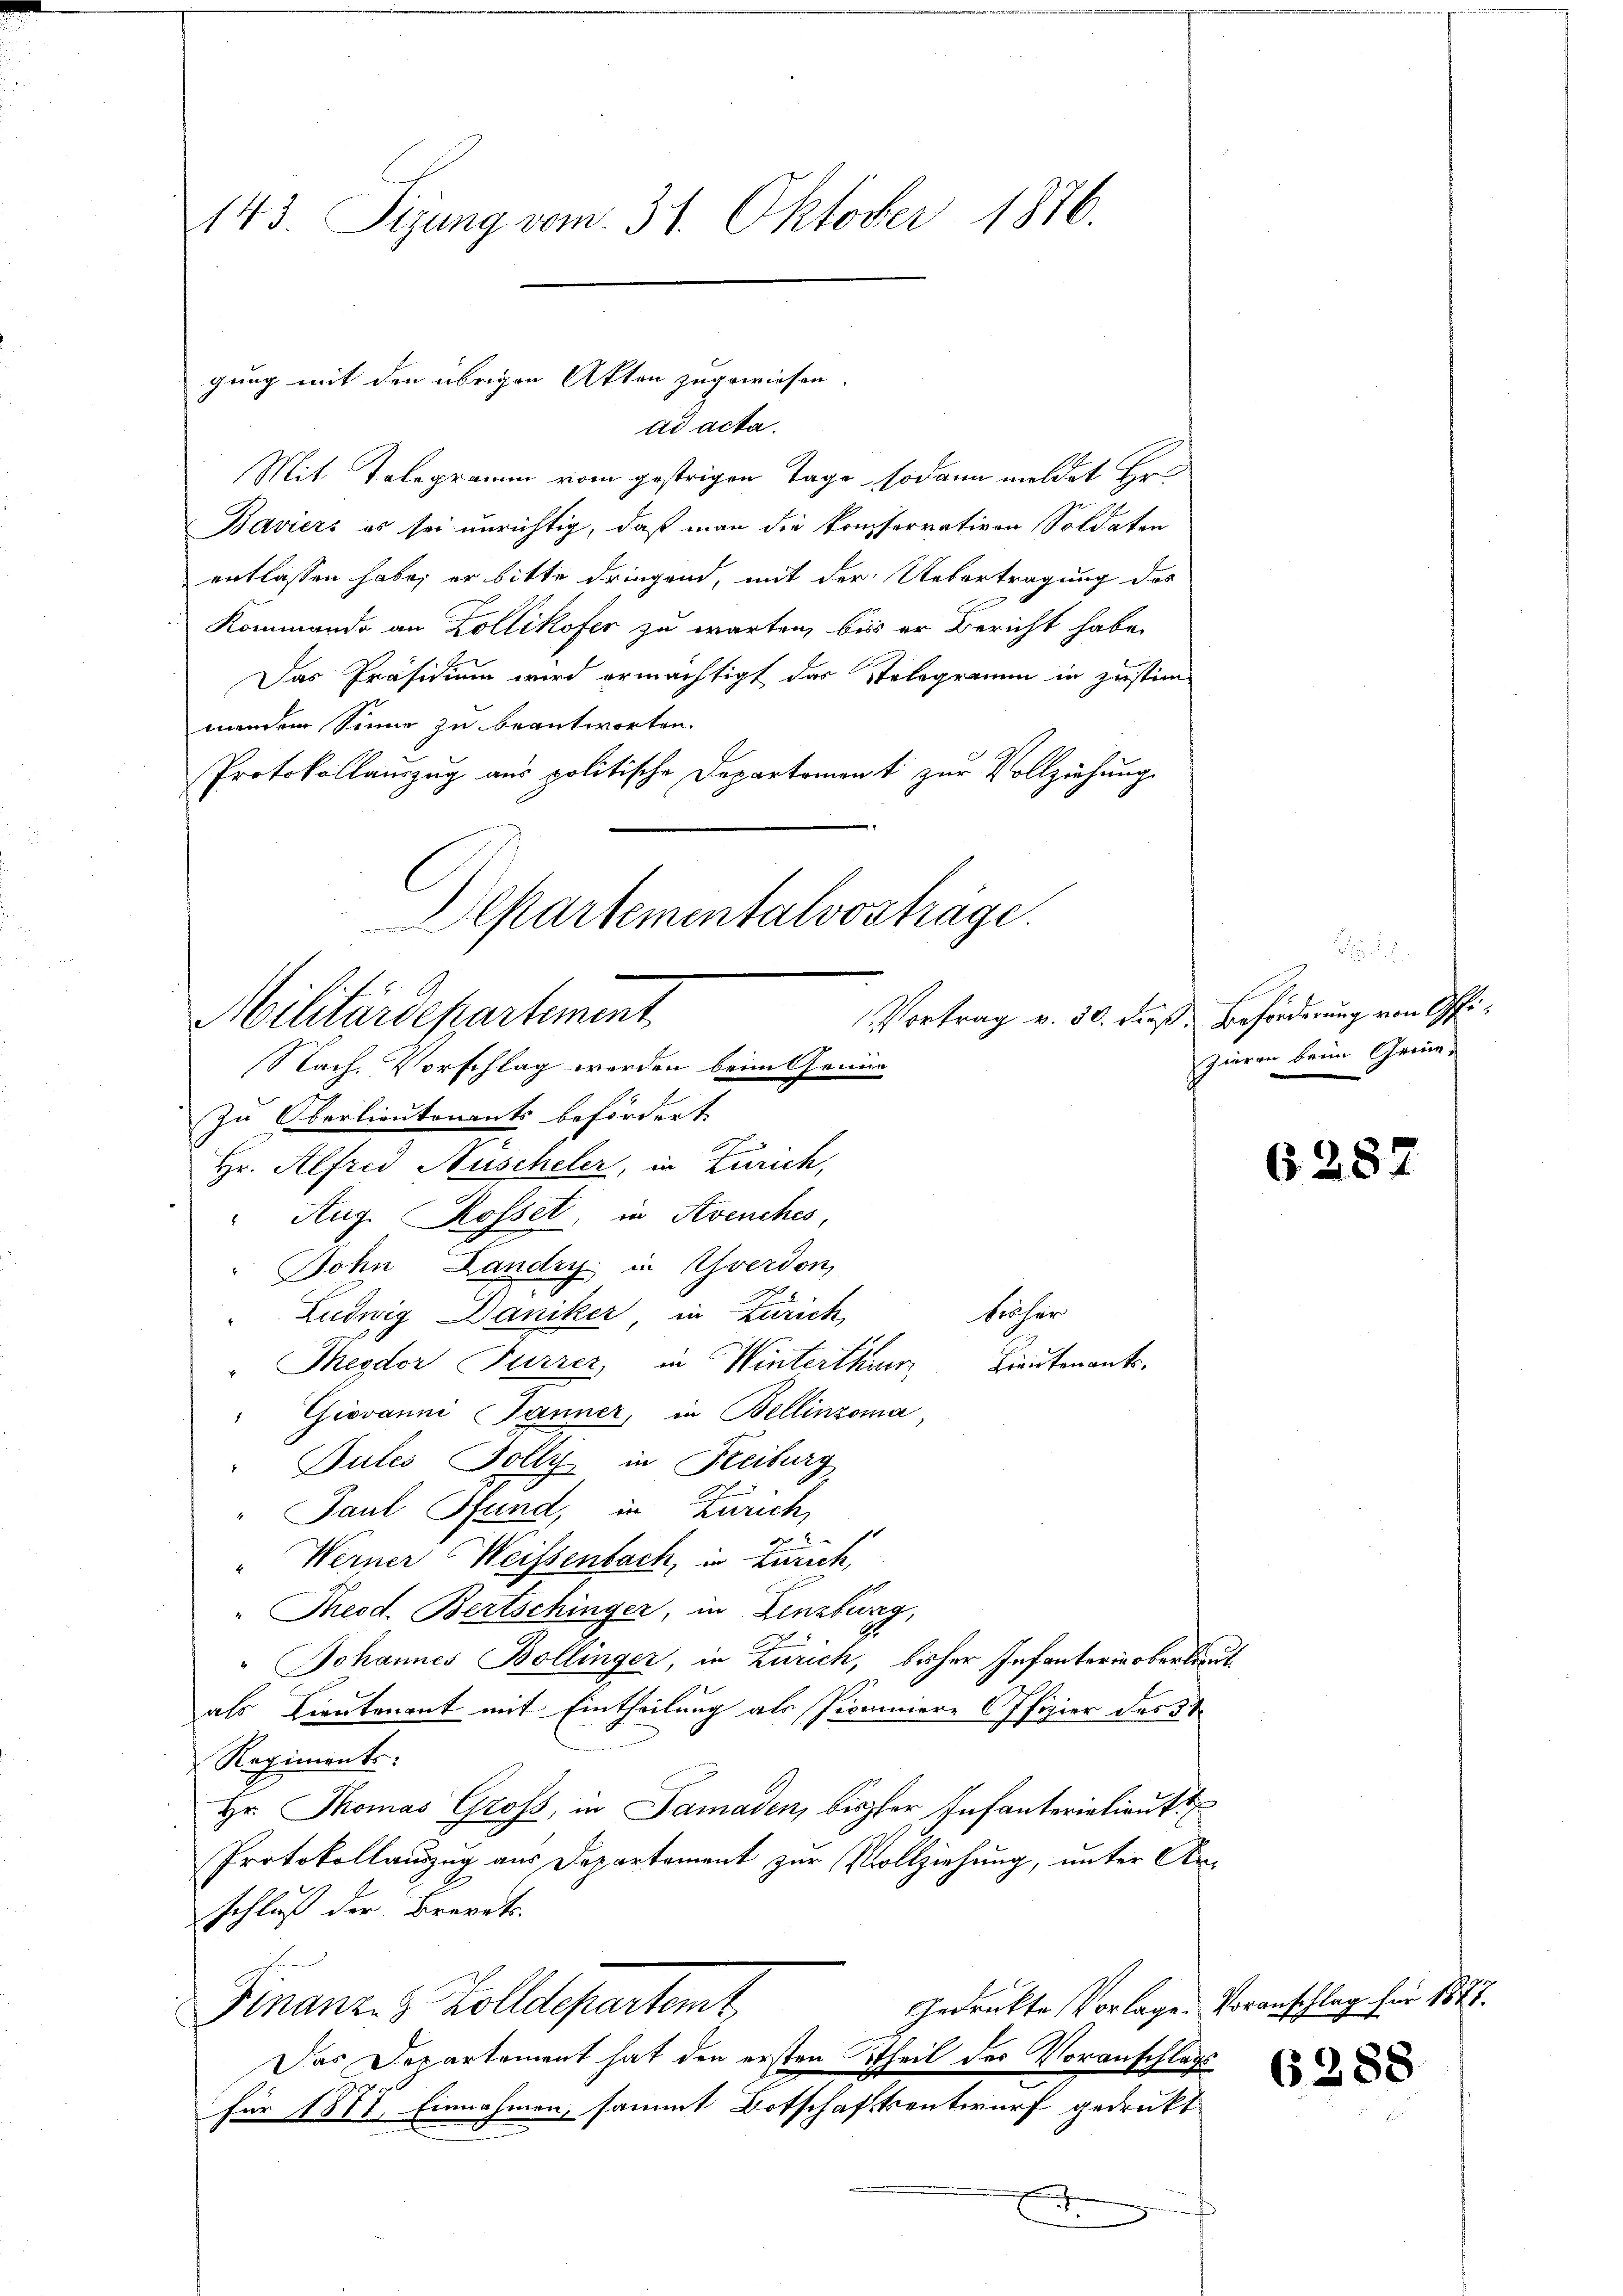
143. Sigung vom 31. Oktober 1876.

gung mit den übrigen Akten zugewiesen.

ad acta.
Mit Telegramm vom gestrigen Tage, sodann meldet Er¬
Baviers es sei unrichtig, daß man die Konferrativen Soldaten
entlassen habe; er bitte dringend, mit der Uebertragung des
Kommando an Zollikofer zu warten, bis er Bericht habe.
Das Präsidium wird ermächtigt das Stelegramm in zustimmndem Sinne zu beantworten.
Protokollauszug aus politische Departement zur Vollziehung
Departementalvosträge.

Militärdepartement
Nach Vorschlag werden beim Genie
E

Zu Oberlieutenants befördert.
2
Hr. Alfred Nüscheler, in Zürich,
" Aug. Rosset, in Avenches,
Dohn Landry in Yverdon,
Ludwig Daniker in Zürich,
Theodor Furrer, in Winterthur, Lieutenants,
" Giovanni Jänner, in Bellinzona
Gutes Holly in Freiburg
Paul Pfand, in Zürich,
"Werner Weissenbach, in Zürich,
"Theod. Bertschinger, in Lenzburg,
" Johannes Bollinger, in Zürich, bisher Infanterin oberlieut
als Lieutenant mit Eintheilung als Piannere Offizier des 3t
Regiments:
Hr. Thomas Gross, in Samaden, bisher Infanteriationst
Protokollauszug aus Departement zur Vollziehung, unter Anschluß der Brevets
Gedrückte Vorlage. Voranschlag für 1877.
Finanz- & Zolldepartemt
Das Departement hat den ersten Theil des Voranschlags
für 1877, Einnahmen, sammt Botschaftentwurf gedrukt
h

krächer

Vortrag v. 30. Fuß. Beförderung von Offizieren beim Chrie-

§ 28

(288